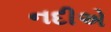
નદીએ